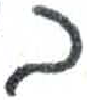
אות: ב